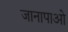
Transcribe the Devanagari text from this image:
जानापाओ